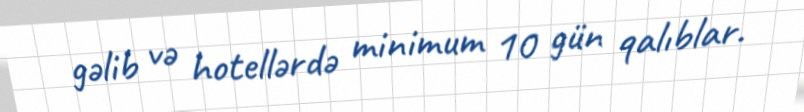
gəlib və hotellərdə minimum 10 gün qalıblar.